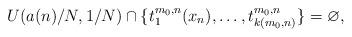
LaTeX: \begin{align*}U(a(n)/N, 1/N) \cap \{t_1^{m_0,n}(x_n), \dots, t_{k(m_0,n)}^{m_0,n}\} = \varnothing, \end{align*}